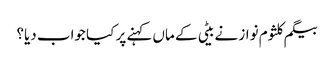
بیگم کلثوم نواز نے بیٹی کے ماں کہنے پر کیا جواب دیا؟